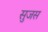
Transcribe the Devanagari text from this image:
सुजस